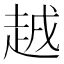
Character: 𧻗